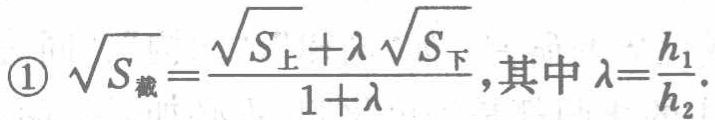
\textcircled{1} $\sqrt{S_{截}}=\frac{\sqrt{S_{上}}+\lambda\sqrt{S_{下}}}{1 + \lambda}$,其中 $\lambda=\frac{h_{1}}{h_{2}}$.